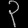
Digit: ၃